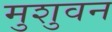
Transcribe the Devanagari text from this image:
मुशुवन